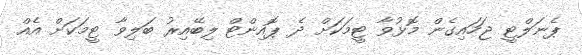
ޕެނަލްޓީ ޖަހައިގެން މޮޅުވާ ޓީމަކަށް ދެ ޕޮއިންޓް ލިބޭއިރު ބަލިވާ ޓީމަކަށް އެއް